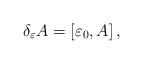
LaTeX: \begin{align*}\delta_{\varepsilon} A = [\varepsilon_{0},A]\, ,\end{align*}